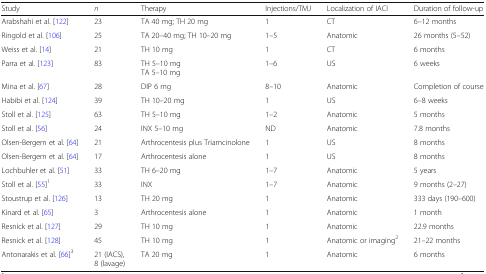
<table><thead><tr><td><b>Study</b></td><td><b><i>n</i></b></td><td><b>Therapy</b></td><td><b>Injections/TMJ</b></td><td><b>Localization of IACI</b></td><td><b>Duration of follow-up</b></td></tr></thead><tbody><tr><td>Arabshahi et al. [122]</td><td>23</td><td>TA 40 mg; TH 20 mg</td><td>1</td><td>CT</td><td>6–12 months</td></tr><tr><td>Ringold et al. [106]</td><td>25</td><td>TA 20–40 mg; TH 10–20 mg</td><td>1–5</td><td>Anatomic</td><td>26 months (5–52)</td></tr><tr><td>Weiss et al. [14]</td><td>21</td><td>TH 10 mg</td><td>1</td><td>CT</td><td>6 months</td></tr><tr><td>Parra et al. [123]</td><td>83</td><td>TH 5–10 mgTA 5–10 mg</td><td>1–6</td><td>US</td><td>6 weeks</td></tr><tr><td>Mina et al. [67]</td><td>28</td><td>DIP 6 mg</td><td>8–10</td><td>Anatomic</td><td>Completion of course</td></tr><tr><td>Habibi et al. [124]</td><td>39</td><td>TH 10–20 mg</td><td>1</td><td>US</td><td>6–8 weeks</td></tr><tr><td>Stoll et al. [125]</td><td>63</td><td>TH 5–10 mg</td><td>1–2</td><td>Anatomic</td><td>5 months</td></tr><tr><td>Stoll et al. [56]</td><td>24</td><td>INX 5–10 mg</td><td>ND</td><td>Anatomic</td><td>7.8 months</td></tr><tr><td>Olsen-Bergem et al. [64]</td><td>21</td><td>Arthrocentesis plus Triamcinolone</td><td>1</td><td>US</td><td>8 months</td></tr><tr><td>Olsen-Bergem et al. [64]</td><td>17</td><td>Arthrocentesis alone</td><td>1</td><td>US</td><td>8 months</td></tr><tr><td>Lochbuhler et al. [51]</td><td>33</td><td>TH 6–20 mg</td><td>1–7</td><td>Anatomic</td><td>5 years</td></tr><tr><td>Stoll et al. [55]<sup>1</sup></td><td>33</td><td>INX</td><td>1–7</td><td>Anatomic</td><td>9 months (2–27)</td></tr><tr><td>Stoustrup et al. [126]</td><td>13</td><td>TH 20 mg</td><td>1</td><td>Anatomic</td><td>333 days (190–600)</td></tr><tr><td>Kinard et al. [65]</td><td>3</td><td>Arthrocentesis alone</td><td>1</td><td>Anatomic</td><td>1 month</td></tr><tr><td>Resnick et al. [127]</td><td>29</td><td>TH 10 mg</td><td>1</td><td>Anatomic</td><td>22.9 months</td></tr><tr><td>Resnick et al. [128]</td><td>45</td><td>TH 10 mg</td><td>1</td><td>Anatomic or imaging<sup>2</sup></td><td>21–22 months</td></tr><tr><td>Antonarakis et al. [66]<sup>3</sup></td><td>21 (IACS),8 (lavage)</td><td>TA 20 mg</td><td>1</td><td>Anatomic</td><td>6 months</td></tr></tbody></table>